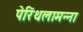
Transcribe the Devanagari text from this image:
पेरिंथलामन्ना